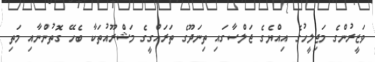
ވަޒީރުންގެ މަޖިލީހުގެ އިއްޔެގެ ޖަލްސާގައި ތިނަދޫގެ ތަރައްގީގެ މަޝްރޫއުތަކާ ބެހޭ ގޮތުންނާއި މަތި